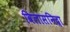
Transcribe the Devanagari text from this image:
विलासनिद्रा